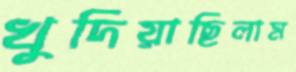
খুদিয়াছিলাম